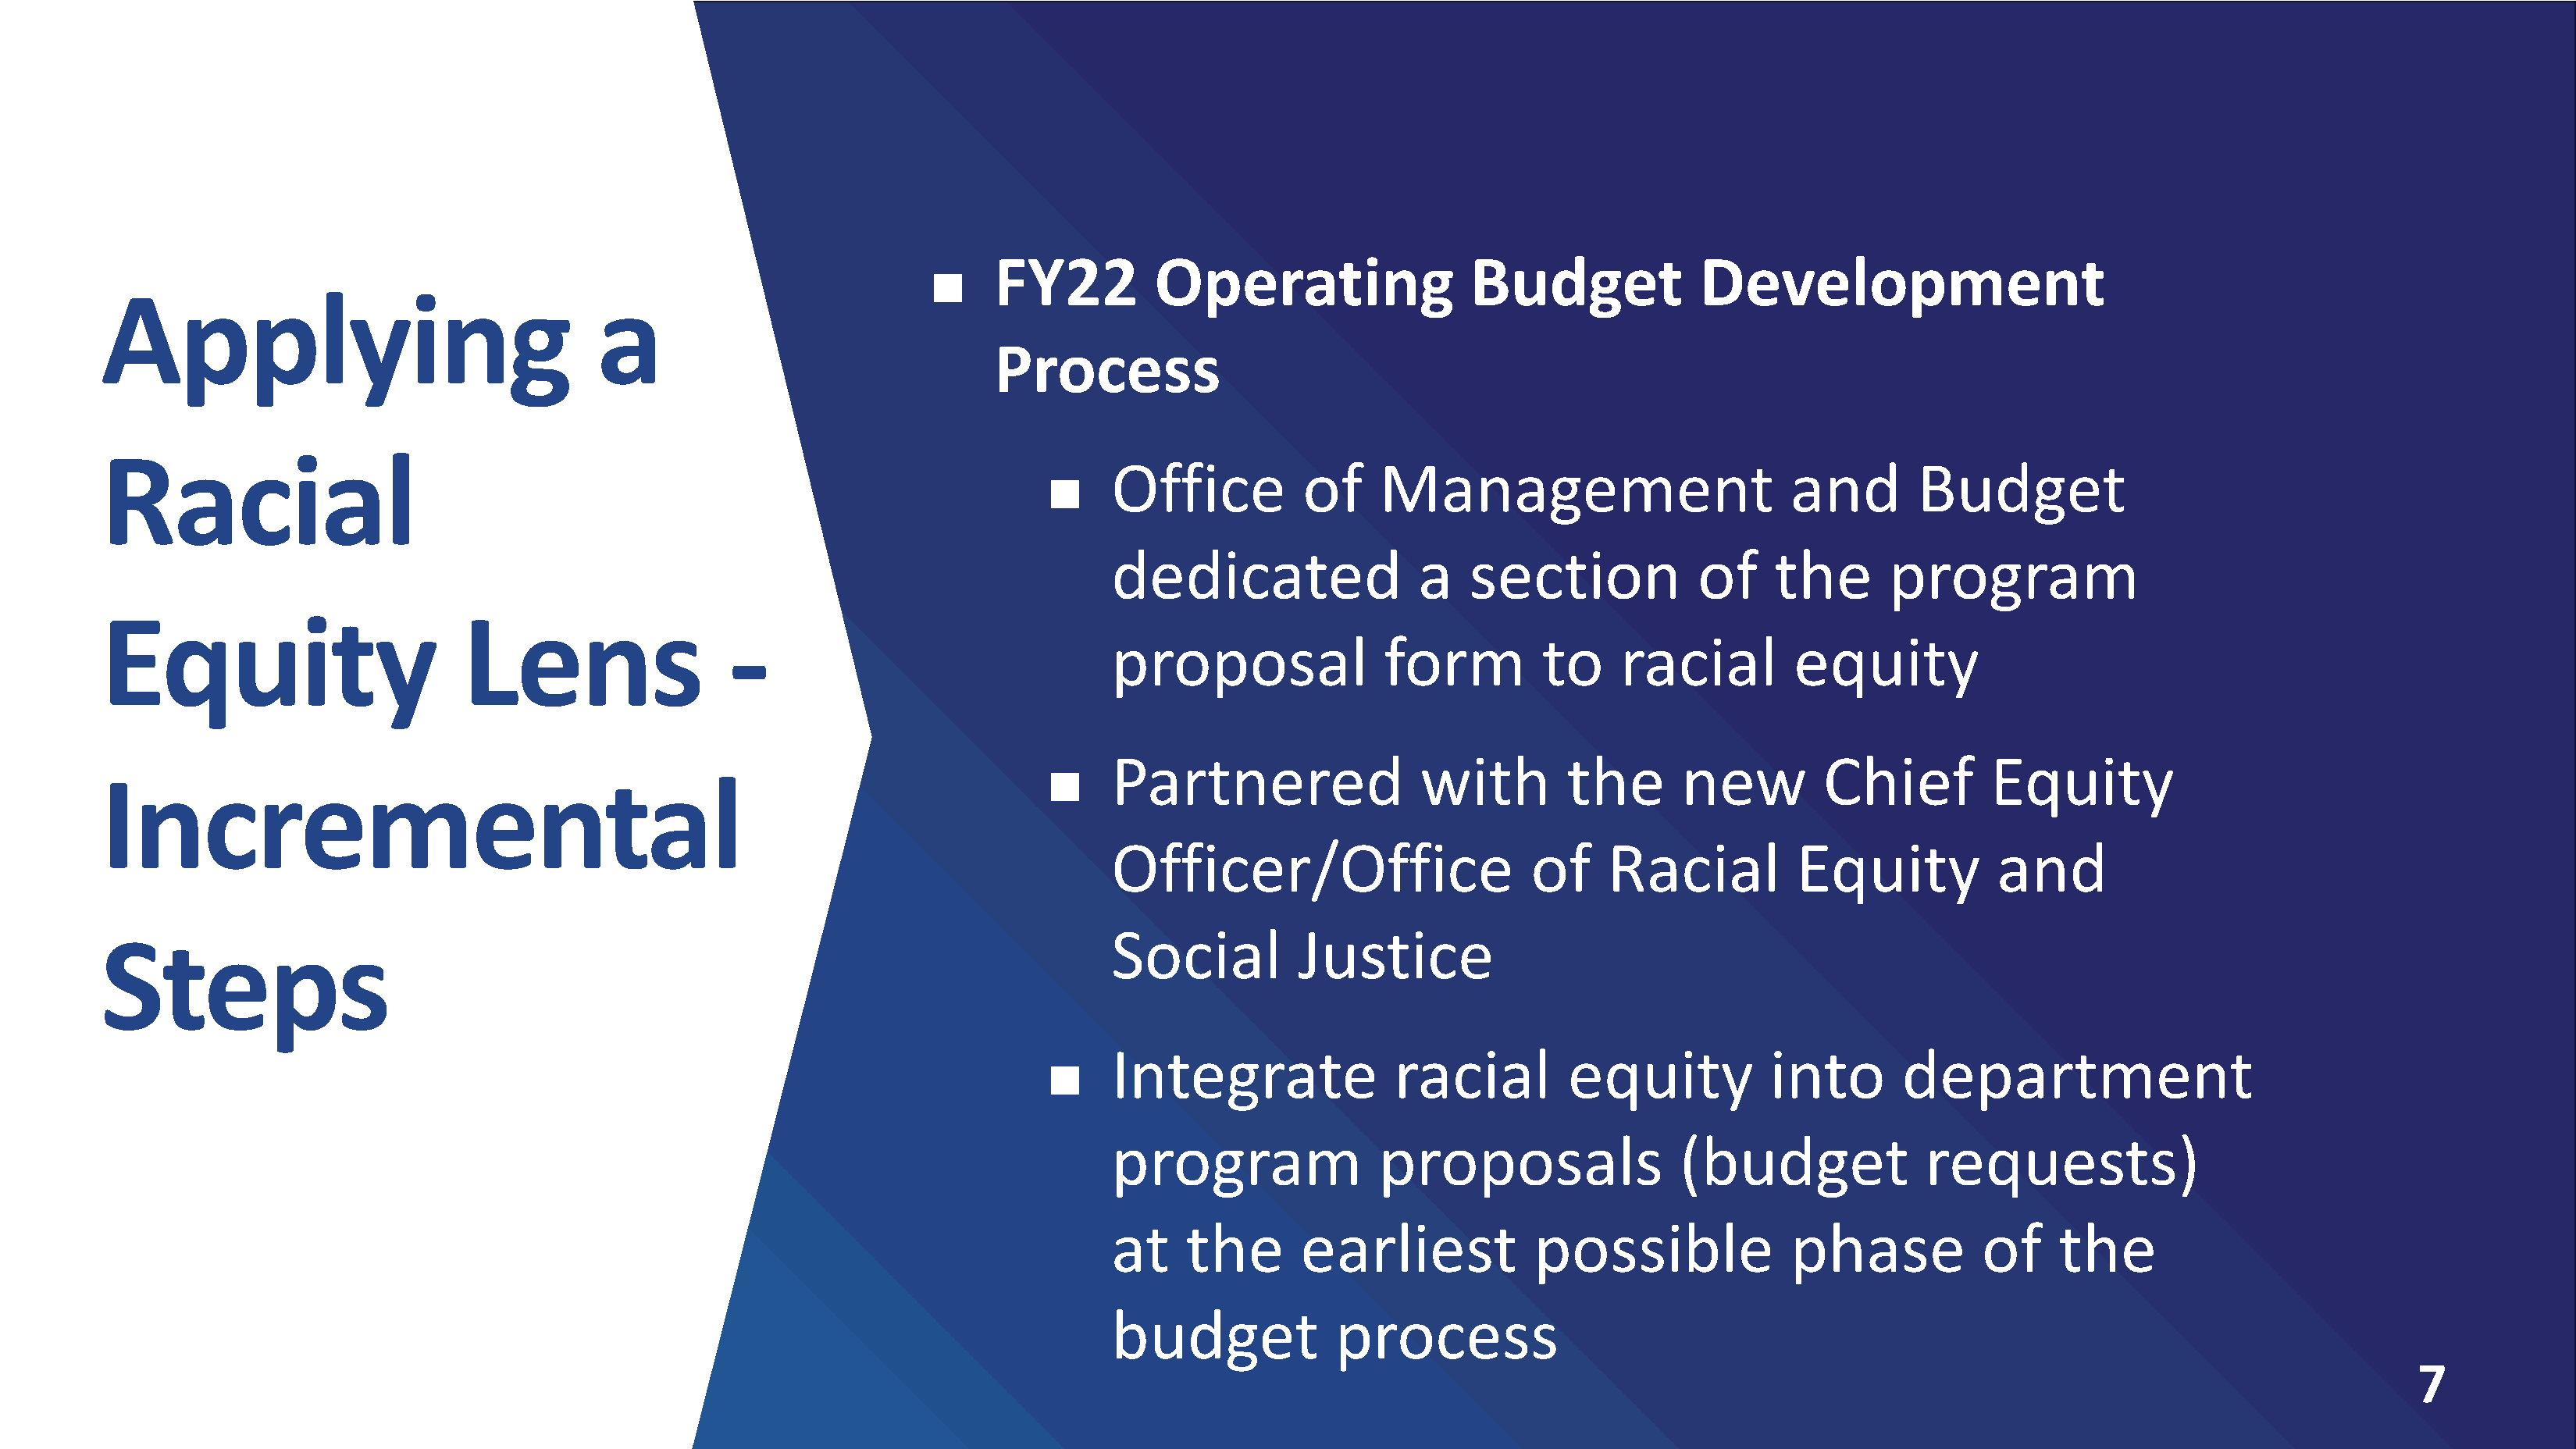
FY22          Operating                  Budget             Development
 
 Applying                                  a
 Process
 Racial
 Office          of     Management                         and        Budget
 
 dedicated                 a    section            of    the       program
 Equity                        Lens                   -
 proposal               form          to    racial         equity
 Partnered                 with         the       new         Chief         Equity
 
 Incremental
 Officer/Office                      of    Racial          Equity           and
 Social          Justice
 Steps
 Integrate               racial         equity           into       department
 
 program                proposals                (budget              requests)
 at     the      earliest            possible              phase           of    the
 budget             process
 7